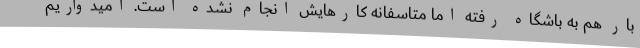
بار هم به باشگاه رفته اما متاسفانه کارهایش انجام نشده است. امیدواریم